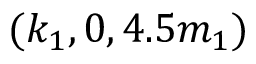
( k _ { 1 } , 0 , 4 . 5 m _ { 1 } )